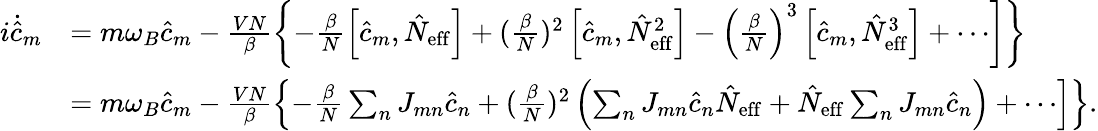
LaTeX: \begin{array}{rl}{i\dot{\hat{c}}_{m}}&{\left.=m\omega_{B}\hat{c}_{m}-\frac{VN}{\beta}\left\{ -\frac{\beta}{N}\left[\hat{c}_{m},\hat{N}_{\mathrm{eff}}\right]+(\frac{\beta}{N})^{2}\left[\hat{c}_{m},\hat{N}_{\mathrm{eff}}^{2}\right]-\left(\frac{\beta}{N}\right)^{3}\left[\hat{c}_{m},\hat{N}_{\mathrm{eff}}^{3}\right]+\cdots\right]\right\} }\\ &{\left.=m\omega_{B}\hat{c}_{m}-\frac{VN}{\beta}\left\{ -\frac{\beta}{N}\sum_{n}J_{mn}\hat{c}_{n}+(\frac{\beta}{N})^{2}\left(\sum_{n}J_{mn}\hat{c}_{n}\hat{N}_{\mathrm{eff}}+\hat{N}_{\mathrm{eff}}\sum_{n}J_{mn}\hat{c}_{n}\right)+\cdots\right]\right\} .}\end{array}